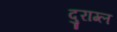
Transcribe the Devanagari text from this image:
दुराग्ल